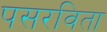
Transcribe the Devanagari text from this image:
पसरविता